Civil Veterinary Department Bengal reports 1933-51 - 1933-1951
Year: 1933
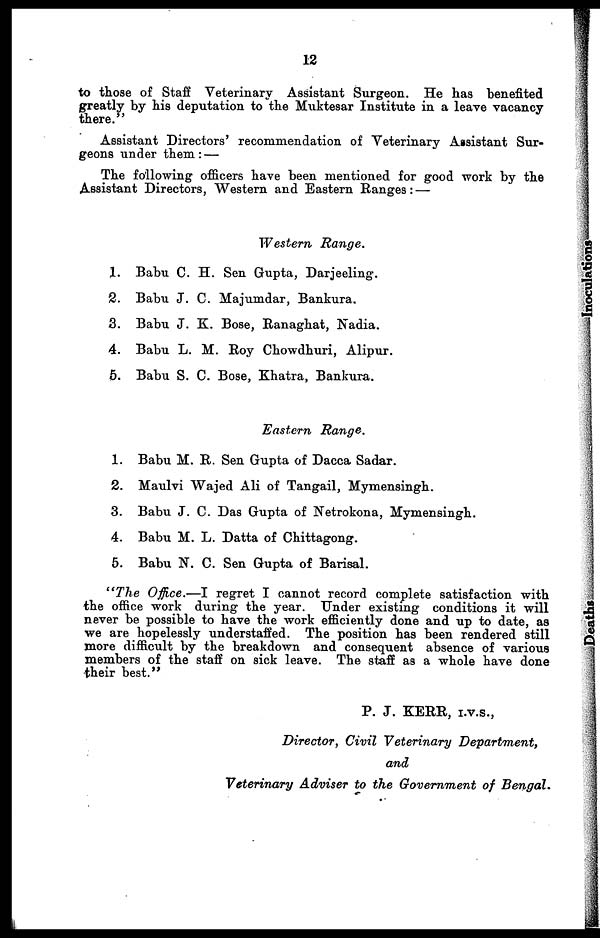
12
to those of Staff Veterinary Assistant Surgeon. He has benefited
greatly by bis deputation to the Muktesar Institute in a leave vacancy
there."
Assistant Directors' recommendation of Veterinary Assistant Sur-
geons under them :—
The following officers have been mentioned for good work by the
Assistant Directors, Western and Eastern Ranges :—
Western
Range.
1. Babu C. H. Sen Gupta, Darjeeling.
2. Babu J. C. Majumdar, Bankura.
3. Babu J. K. Bose, Ranaghat, Nadia.
4. Babu L. M. Roy Chowdhuri, Alipur.
5. Babu S. C. Bose, Khatra, Bankura.
Eastern
Range.
1. Babu M. R. Sen Gupta of Dacca Sadar.
2. Maulvi Wajed Ali of Tangail, Mymensingh.
3. Babu J. C. Das Gupta of Netrokona, Mymensingh.
4. Babu M. L. Datta of Chittagong.
5. Babu N. C. Sen Gupta of Barisal.
"The Office.—I regret I cannot record complete satisfaction with
the office work during the year. Under existing conditions it will
never be possible to have the work efficiently done and up to date, as
we are hopelessly understaffed. The position has been rendered still
more difficult by the breakdown and consequent absence of various
members of the staff on sick leave. The staff as a whole have done
their best."
P. J. KERR, I.V.S.,
Director, Civil Veterinary
Department,
and
Veterinary Adviser to the Government of Bengal.